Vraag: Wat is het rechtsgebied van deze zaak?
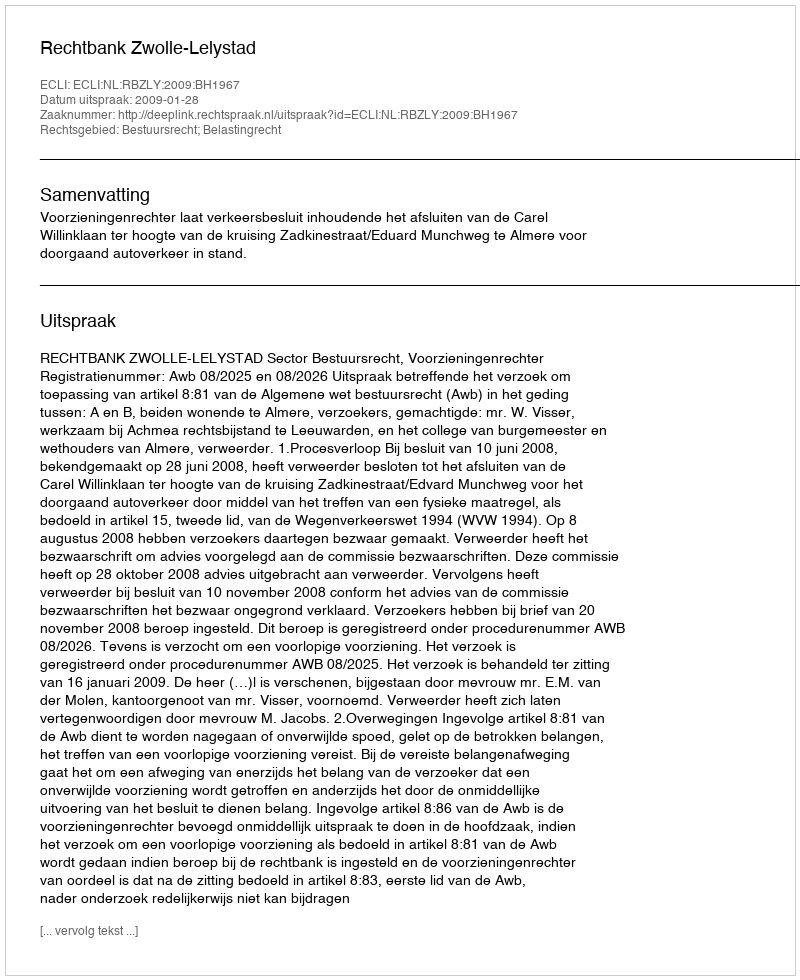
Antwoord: Bestuursrecht; Belastingrecht